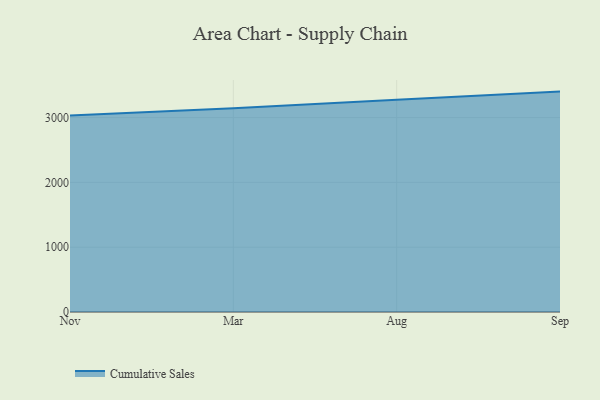
{"axis": {"x": "Month", "y": "Backlog"}, "legend": ["Cumulative Sales"], "data": [{"x": "Nov", "y": 3030.3, "type": "Cumulative Sales"}, {"x": "Mar", "y": 3145.2, "type": "Cumulative Sales"}, {"x": "Aug", "y": 3276.3, "type": "Cumulative Sales"}, {"x": "Sep", "y": 3400.7, "type": "Cumulative Sales"}]}